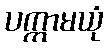
ပက္ကာမယုံ